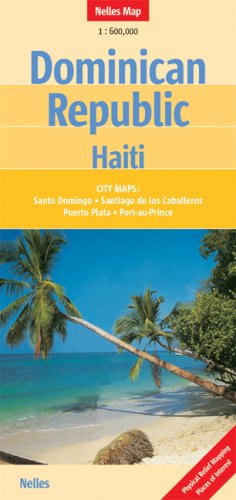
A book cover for Dominican Republic and Haiti Map by Nelles (Nelles Maps) (English, Spanish, French and German Edition) (English, Spanish, French, Italian and German Edition); Nelles; Travel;